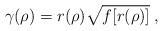
\begin{align*}\gamma (\rho) = r (\rho) \sqrt{f[r(\rho)]} \;,\end{align*}